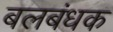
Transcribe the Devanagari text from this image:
बलबंधक